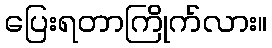
ပြေးရတာကြိုက်လား။